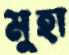
মুহা